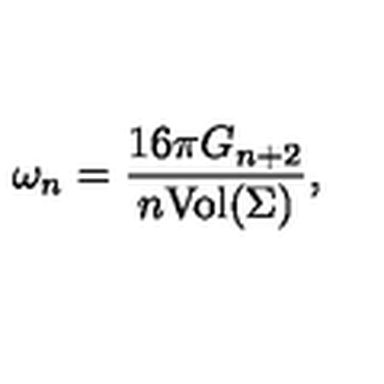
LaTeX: \omega _ { n } = \frac { 1 6 \pi G _ { n + 2 } } { n \mathrm { V o l } ( \Sigma ) } ,